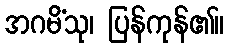
အဂမိံသု၊ ပြန်ကုန်၏။